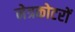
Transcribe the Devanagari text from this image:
नेत्रकोटरों